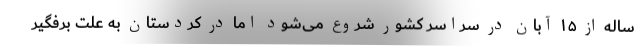
ساله از ۱۵ آبان در سراسر کشور شروع می‌شود اما در کردستان به علت برفگیر